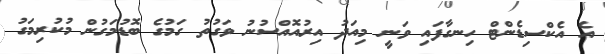
އެ އެކްސިޑެންޓް ހިނގާފައި ވަނީ މިއަދު އިރުއޮއްސުނު ވަގުތު ގަމުގެ ބޮޑުމަގުން މުކުރިމަގު